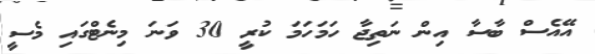
އޭއެސް ބާސާ އިން ނަތިޖާ ހަމަހަމަ ކުރީ 30 ވަނަ މިނެޓްގައި މެސީ